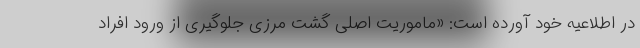
در اطلاعیه خود آورده است: «ماموریت اصلی گشت مرزی جلوگیری از ورود افراد